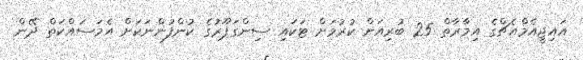
އައިޖީއެމްއެޗްގެ އިމާރާތް 25 ބުރިއަށް ކުރުމަށް ޓަކައި ސިންގަޕޫރުގެ ކުންފުންނަކަށް އެމަސައްކަތް ދޭން